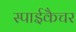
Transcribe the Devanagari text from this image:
स्पाईकैचर